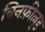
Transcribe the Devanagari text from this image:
विनफ़ील्‌ड